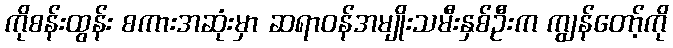
ကိုစန်းထွန်း စကားအဆုံးမှာ ဆရာဝန်အမျိုးသမီးနှစ်ဦးက ကျွန်တော့်ကို